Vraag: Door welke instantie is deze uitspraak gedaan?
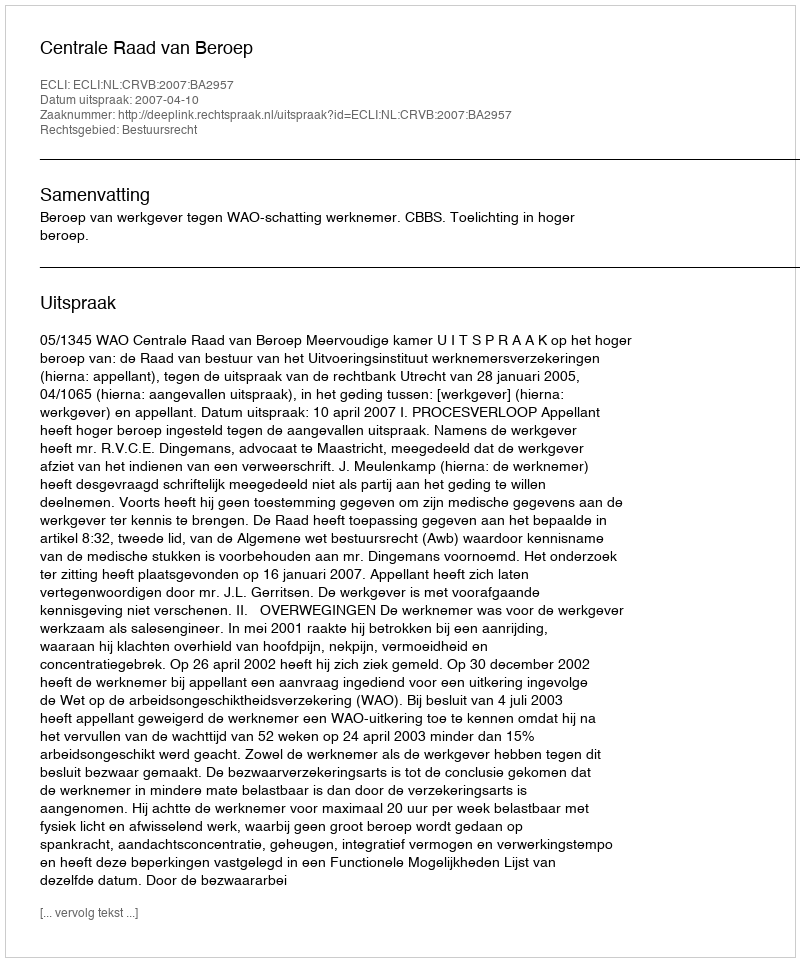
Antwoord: Centrale Raad van Beroep